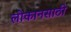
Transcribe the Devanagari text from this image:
लोकानसाठी